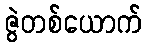
ဇွဲတစ်ယောက်